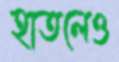
হাতলেও